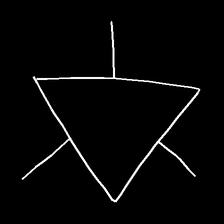
Glyph: fire